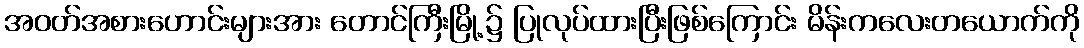
အဝတ်အစားဟောင်းများအား တောင်ကြီးမြို့၌ ပြုလုပ်ထားပြီးဖြစ်ကြောင်း မိန်းကလေးတယောက်ကို